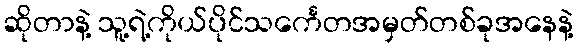
ဆိုတာနဲ့ သူ့ရဲ့ကိုယ်ပိုင်သင်္ကေတအမှတ်တစ်ခုအနေနဲ့